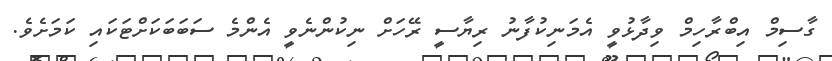
ގާސިމް އިބްރާހިމް ވިދާޅުވީ އެމަނިކުފާނު ރިޔާސީ ރޭހަށް ނިކުންނެވީ އެންމެ ސަބަބަކަށްޓަކައި ކަމަށެވެ.